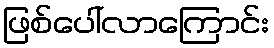
ဖြစ်ပေါ်လာကြောင်း